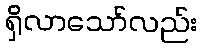
ရှိလာသော်လည်း